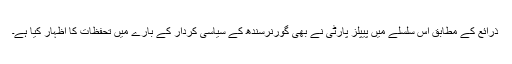
ذرائع کے مطابق اس سلسلے میں پیپلز پارٹی نے بھی گورنرسندھ کے سیاسی کردار کے بارے میں تحفظات کا اظہار کیا ہے۔